Vaccination report Assam 1874-1896 - 1874-1896
Year: 1874
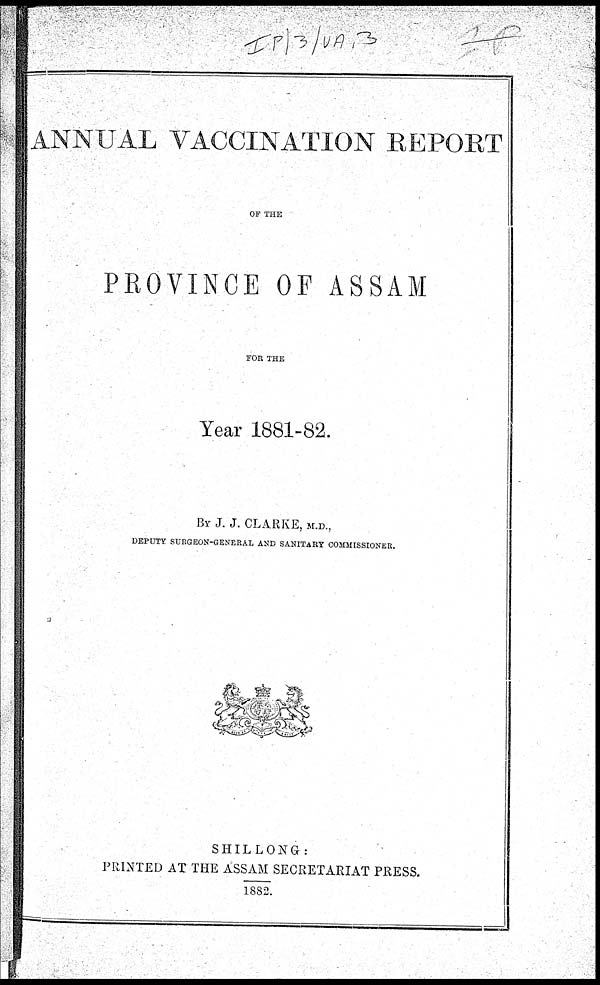
ANNUAL VACCINATION REPORT
OF THE
PROVINCE OF ASSAM
FOR THE
Year 1881-82.
BY J. J. CLARKE, M.D.,
DEPUTY SURGEON-GENERAL AND SANITARY COMMISSIONER.
SHILLONG:
PRINTED AT THE ASSAM SECRETARIAT PRESS.
1882.